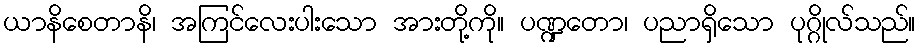
ယာနိစေတာနိ၊ အကြင်လေးပါးသော အားတို့ကို။ ပဏ္ဍတော၊ ပညာရှိသော ပုဂ္ဂိုလ်သည်။